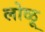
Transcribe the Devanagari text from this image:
लोळू